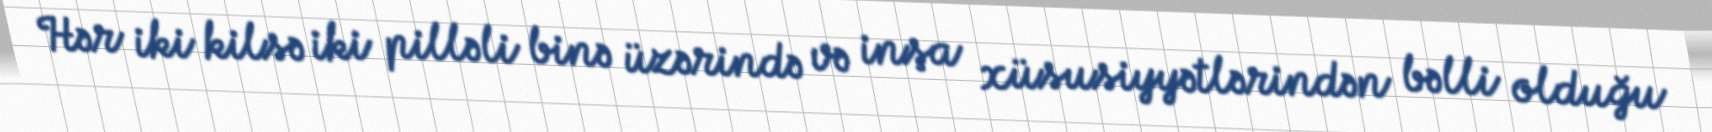
Hər iki kilsə iki pilləli binə üzərində və inşa xüsusiyyətlərindən bəlli olduğu